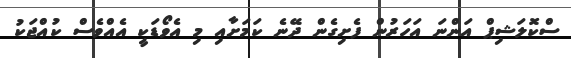
ސްކޮލަޝިޕް އަންނަ އަހަރުން ފެށިގެން ދޭނެ ކަމަށާއި މި އެވޯޑަކީ އެއްވެސް ކުއްޖަކު